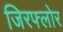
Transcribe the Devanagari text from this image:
जिरफ्लोर